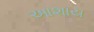
આશાય